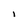
Character: I